Indian journal of veterinary science and animal husbandry - Volume 5,
Year: 1935
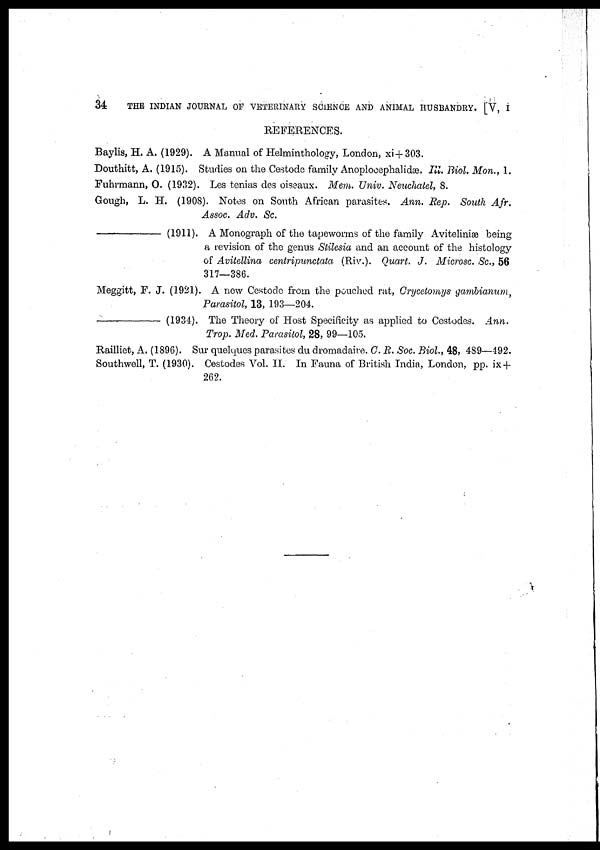
34
THE INDIAN JOURNAL OF VETERINARY SCIENCE AND ANIMAL HUSBANDRY. [V, I
REFERENCES.
Baylis, H. A. (1929). A Manual of Helminthology, London, xi+ 303.
Douthitt, A. (1915). Studies on the Cestode family Anoplocephalidæ. III. Biol. Mon., 1.
Fuhrmann, O. (1932). Les tenias des oiseaux. Mem. Univ. Neuchatel, 8.
Gough, L. H. (1908). Notes on South African parasites. Ann. Rep. South Afr.
Assoc. Adv. Sc.
(1911). A Monograph of the tapeworms of the family Aviteliniæ being
a revision of the genus Stilesia and an account of the histology
of Avitellina centripunctata (Riv.). Quart. J. Microsc. Sc., 56
317—386.
Meggitt, F. J. (1921). A new Cestode from the pouched rat, Crycetomys gambianum,
Parasitol, 13, 193—204.
(1934). The Theory of Host Specificity as applied to Cestodes. Ann.
Trop. Med. Parasitol, 28, 99—105.
Railliet, A. (1896). Sur quelques parasites du dromadaire. C. R. Soc. Biol., 48, 489—492.
Southwell, T. (1930). Cestodes Vol. II. In Fauna of British India, London, pp. ix +
262.